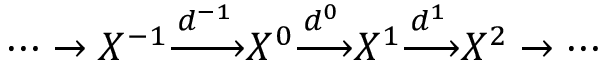
\cdots \to X ^ { - 1 } { \xrightarrow { d ^ { - 1 } } } X ^ { 0 } { \xrightarrow { d ^ { 0 } } } X ^ { 1 } { \xrightarrow { d ^ { 1 } } } X ^ { 2 } \to \cdots